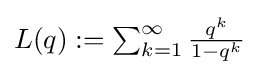
\textstyle L(q):=\sum _{k=1}^{\infty }{\frac {q^{k}}{1-q^{k}}}